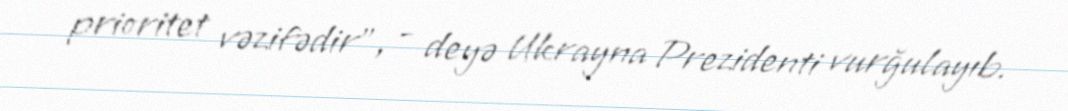
prioritet vəzifədir”, - deyə Ukrayna Prezidenti vurğulayıb.